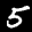
Digit: 5